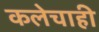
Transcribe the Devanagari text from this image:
कलेचाही